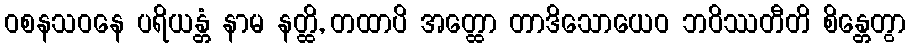
ဝစနသဝနေ ပရိယန္တံ နာမ နတ္ထိ, တထာပိ အတ္ထော တာဒိသောယေဝ ဘဝိဿတီတိ စိန္တေတွာ